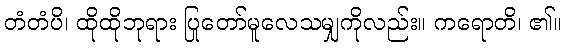
တံတံပိ၊ ထိုထိုဘုရား ပြုတော်မူလေသမျှကိုလည်း။ ကရောတိ၊ ၏။